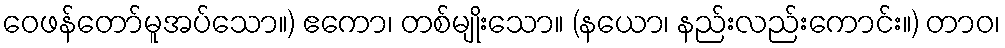
ဝေဖန်တော်မူအပ်သော။) ဧကော၊ တစ်မျိုးသော။ (နယော၊ နည်းလည်းကောင်း။) တာဝ၊